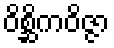
ဝိစ္ဆိကဝိဇ္ဇာ